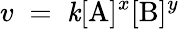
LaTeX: v\; =\; \mathit{k}[\mathrm{{A}}]^{x}[\mathrm{{B}}]^{y}